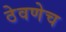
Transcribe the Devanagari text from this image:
ठेवणेच